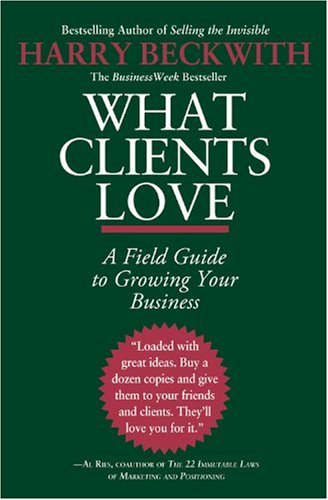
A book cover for What Clients Love: A Field Guide to Growing Your Business; Harry Beckwith; Business & Money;